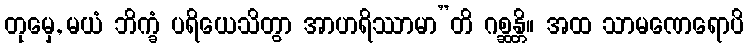
တုမှေ, မယံ ဘိက္ခံ ပရိယေသိတွာ အာဟရိဿာမာ”တိ ဂစ္ဆန္တိ။ အထ သာမဏေရောပိ